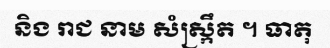
និង រាជ នាម សំស្ក្រឹត ។ ធាតុ